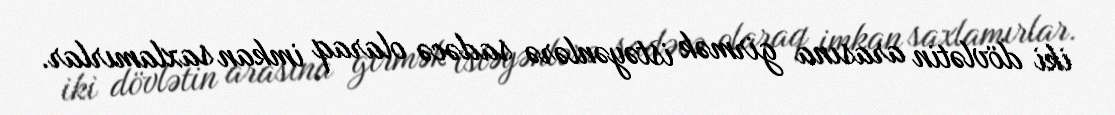
iki dövlətin arasına girmək istəyənlərə sadəcə olaraq imkan saxlamırlar.